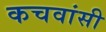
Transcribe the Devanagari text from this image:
कचवांसी